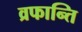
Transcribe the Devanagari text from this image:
व्रफान्ति